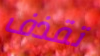
تقذف